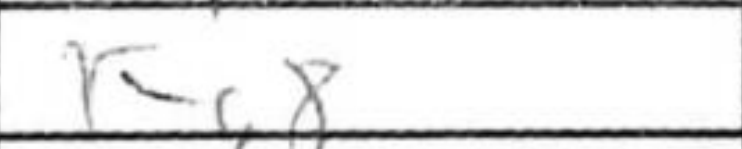
Transcription: Kg8